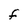
Character: F